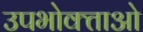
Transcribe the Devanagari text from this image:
उपभोक्‍ताओ